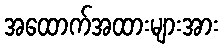
အထောက်အထားများအား